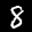
Digit: 8